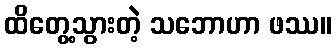
ထိတွေ့သွားတဲ့ သဘောဟာ ဖဿ။